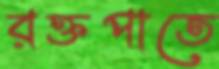
রক্তপাতে